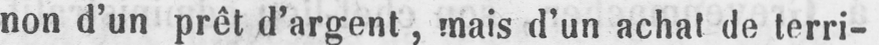
non d’un prêt d’argent, mais d’un achat de terri-